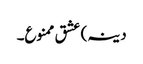
دینہ) عشق ممنوع۔